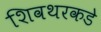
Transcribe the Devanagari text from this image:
शिवथरकडे